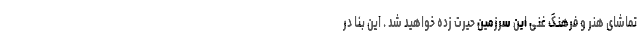
تماشای هنر و فرهنگ غنی این سرزمین حیرت زده خواهید شد . این بنا در